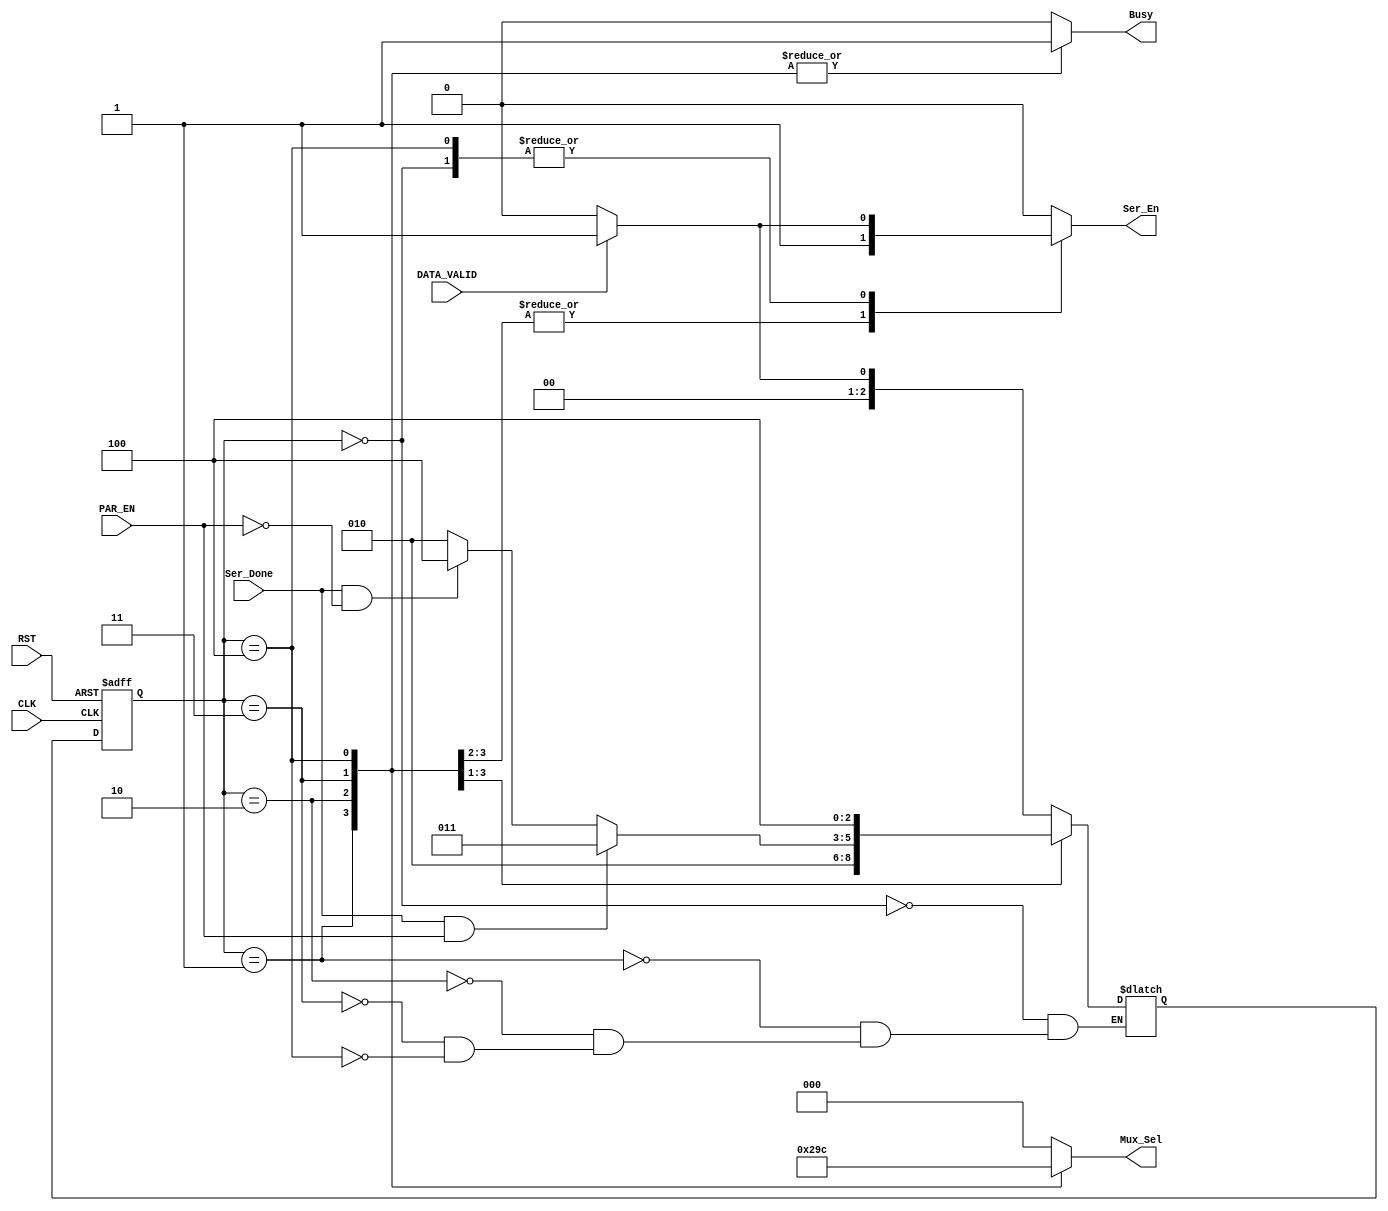
module UART_Tx_FSM (
    input       wire                    DATA_VALID,
    input       wire                    Ser_Done,
    input       wire                    PAR_EN,
    input       wire                    CLK,
    input       wire                    RST,
    output      reg                     Ser_En,
    output      reg        [2:0]        Mux_Sel,
    output      reg                     Busy
);

parameter IDLE            = 3'b000,
          START           = 3'b001,
          TRANSMIT_DATA   = 3'b010,
          PARITY          = 3'b011,
          STOP            = 3'b100;

reg     [2:0]      current_state, next_state;

always @ (posedge CLK or negedge RST)
    begin
        if (!RST)
            begin
                current_state <= IDLE;
            end
        else
            begin
                current_state <= next_state;
            end
    end


always @ (*)
    begin
        case (current_state)
            IDLE:   begin
                        if (DATA_VALID)
                            next_state = START;
                        else
                            next_state = IDLE;
                    end
            
            START: next_state = TRANSMIT_DATA;

            TRANSMIT_DATA:  begin
                                if (Ser_Done && PAR_EN)
                                    next_state = PARITY;
                                else if (Ser_Done && !PAR_EN)
                                    next_state = STOP;
                                else
                                    next_state = TRANSMIT_DATA;
                            end

            PARITY: next_state = STOP;

            STOP:   begin
                        //If DATA_VALID goes high before current frame ends, it immediately starts another frame.
                        if (DATA_VALID)
                            next_state = START;
                        else
                            next_state = IDLE;
                    end

        endcase
    end     


always @ (*)
begin

    Mux_Sel = IDLE;
    Busy = 1'b0;
    Ser_En = 1'b0;

    case (current_state)
        IDLE:   begin
                    if (DATA_VALID)
                        Ser_En = 1'b1;
                    else
                        begin
                            Mux_Sel = IDLE;
                            Busy = 1'b0;
                            Ser_En = 1'b0;
                        end
                end
        
        START:  begin
                    Mux_Sel = START;
                    Busy = 1'b1;
                    Ser_En = 1'b1;
                end

        TRANSMIT_DATA:  begin
                            Mux_Sel = TRANSMIT_DATA;
                            Busy = 1'b1;
                            Ser_En = 1'b1;
                        end

        PARITY: begin
                    Mux_Sel = PARITY;
                    Busy = 1'b1;
                    Ser_En = 1'b0;
                end

        STOP: begin
                    if (DATA_VALID)
                        begin
                            Ser_En = 1'b1;
                            Mux_Sel = STOP;
                            Busy = 1'b1;
                        end
                    else
                        begin
                            Mux_Sel = STOP;
                            Busy = 1'b1;
                            Ser_En = 1'b0;
                        end
            end

    endcase
end   


endmodule